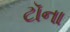
ટૉના